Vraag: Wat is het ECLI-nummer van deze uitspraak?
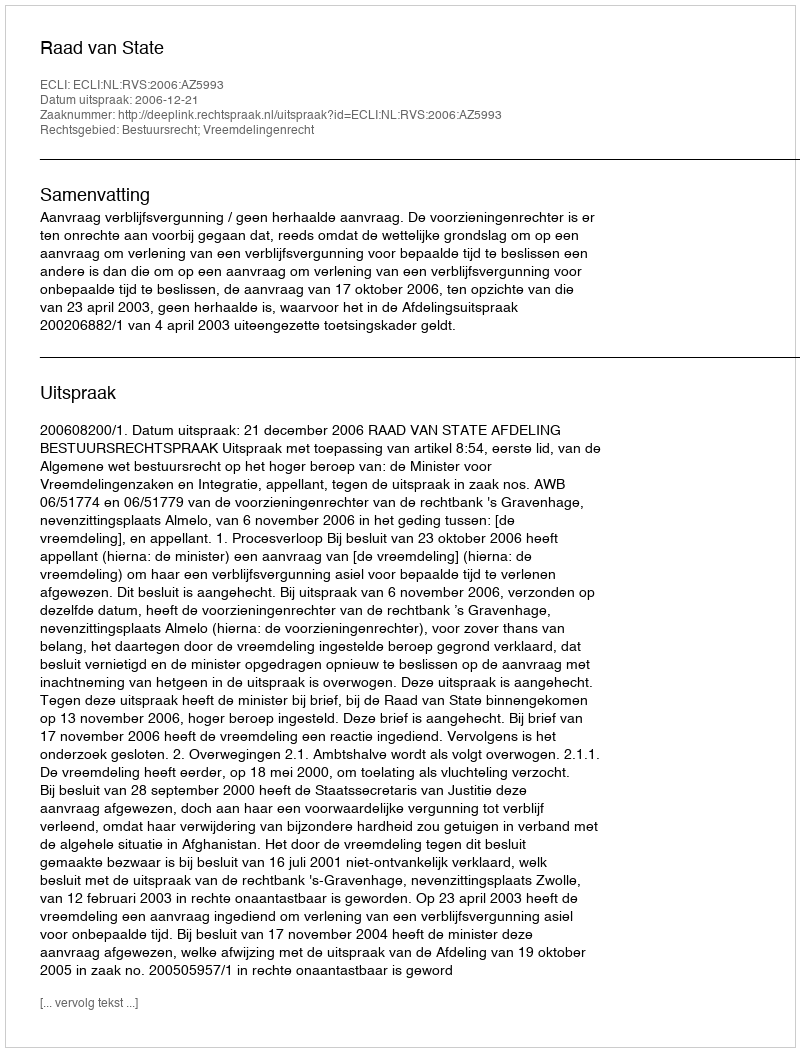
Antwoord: ECLI:NL:RVS:2006:AZ5993